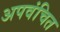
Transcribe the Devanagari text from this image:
अपवंचित